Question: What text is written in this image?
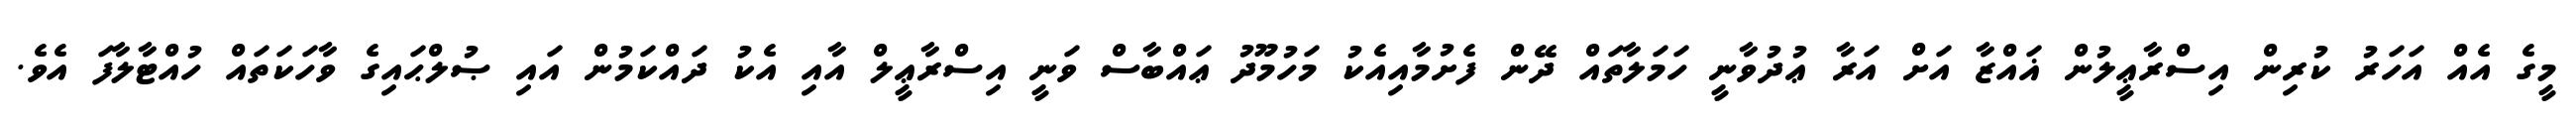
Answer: މީގެ އެއް އަހަރު ކުރިން އިސްރާޢީލުން ޣައްޒާ އަށް އަރާ ޢުދުވާނީ ހަމަލާތައް ދޭން ފެށުމާއިއެކު މަހުމޫދު ޢައްބާސް ވަނީ އިސްރާޢީލް އާއި އެކު ދައްކަމުން އައި ޞުލްޙައިގެ ވާހަކަތައް ހުއްޓާލާފަ އެވެ.